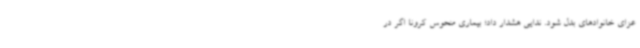
عزای خانوادهای بدل شود. ندایی هشدار داد؛ بیماری منحوس کرونا اگر در